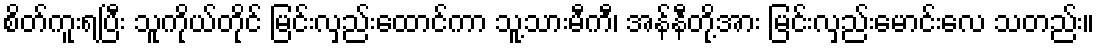
စိတ်ကူးရပြီး သူကိုယ်တိုင် မြင်းလှည်းထောင်ကာ သူ့သားမီကီ၊ အန်နီတို့အား မြင်းလှည်းမောင်းလေ သတည်း။